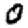
Digit: 0